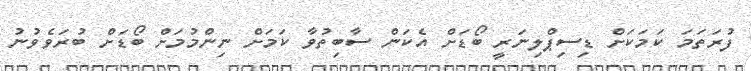
ފުރަތަމަ ކަމަކަށް ޑިސިޕްލިނަރީ ބޯޑަށް އެކަން ސާބިތުވާ ކަމަށް ނިންމުމަށް ބޯޑަށް ބުރަވެވުނު